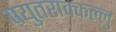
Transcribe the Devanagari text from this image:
पयुतराक्कल्लु